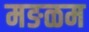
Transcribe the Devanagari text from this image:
मङळम